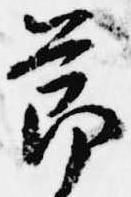
節